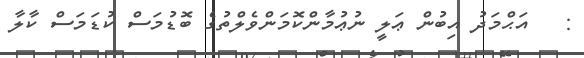
:   އަޙްމަދު އިބުން ޢަލީ ނުޢުމާންކޮމަންވެލްތުގެ ބޮޑުމަސް ކުޑަމަސް ކާލާ